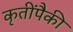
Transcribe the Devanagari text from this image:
कृतींपैकी